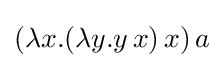
(\lambda x.(\lambda y.y\,x)\,x)\,a